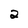
Character: 2